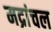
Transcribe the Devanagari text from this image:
मद्रांचल